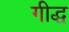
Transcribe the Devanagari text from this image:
गीद्ध